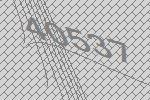
40537